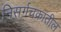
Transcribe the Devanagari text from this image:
निसर्गचक्रातील